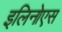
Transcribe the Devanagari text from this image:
इलिनोएस